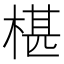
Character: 椹